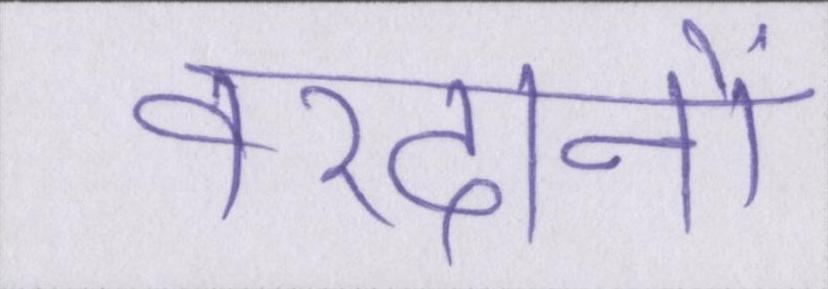
वरदानों